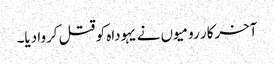
‏ آخرکار رومیوں نے یہوداہ کو قتل کروا دیا۔